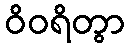
ဝိဝရိတွာ